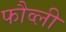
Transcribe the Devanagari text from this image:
फौव्ली